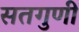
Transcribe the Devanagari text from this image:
सतगुणी